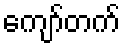
ကျော်တက်